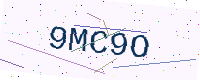
Text: 9MC9O